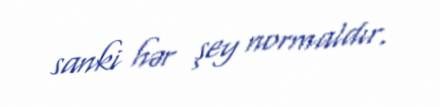
sanki hər şey normaldır.